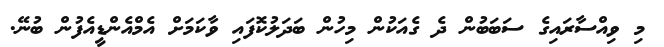
މި ވިއްސާރައިގެ ސަބަބުން ދެ ގެއަކުން މިހުން ބަދަލުކޮފައި ވާކަމަށް އެމްއެންޑީއެފުން ބުނޭ.